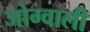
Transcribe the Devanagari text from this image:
जोग्वाली